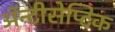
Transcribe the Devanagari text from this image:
ॲन्टीसेप्टिक